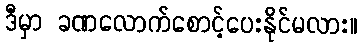
ဒီမှာ ခဏလောက်စောင့်ပေးနိုင်မလား။